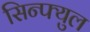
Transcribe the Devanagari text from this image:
सिन्फ्युल